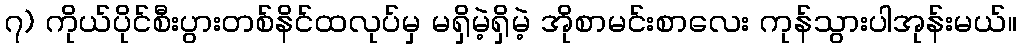
၇) ကိုယ်ပိုင်စီးပွားတစ်နိင်ထလုပ်မှ မရှိမဲ့ရှိမဲ့ အိုစာမင်းစာလေး ကုန်သွားပါအုန်းမယ်။